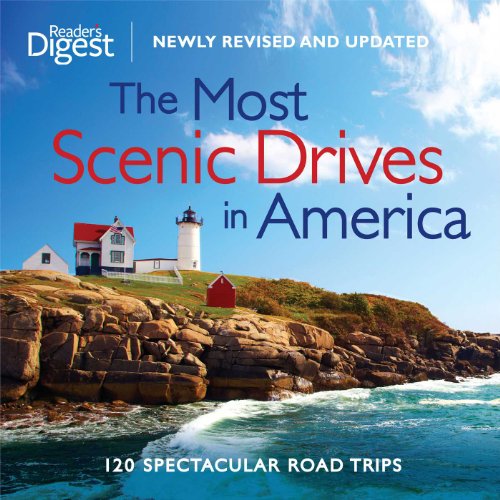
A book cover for The Most Scenic Drives in America, Newly Revised and Updated: 120 Spectacular Road Trips; Editors of Reader's Digest; Travel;